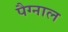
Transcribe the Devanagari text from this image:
पैग्नाल